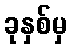
ခုနှစ်မှ